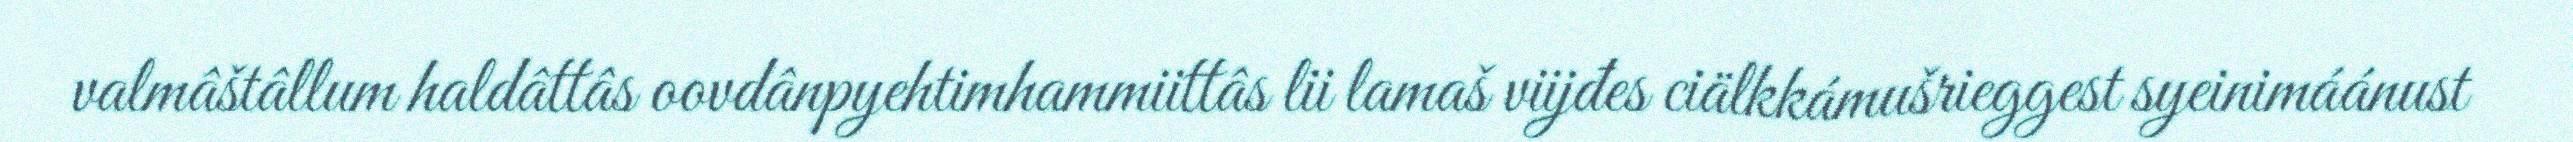
valmâštâllum haldâttâs oovdânpyehtimhammiittâs lii lamaš viijđes ciälkkámušrieggest syeinimáánust